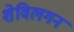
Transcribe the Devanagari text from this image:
शेविलगन